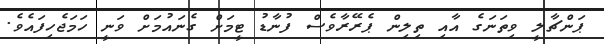
ޕަންޗާލީ ވިތަނަގެ އާއި ތިލިން ޕެރޭރާވެސް ފުނާޑު ޓީމަށް ގެނައުމަށް ވަނީ ހަމަޖެހިފައެވެ.